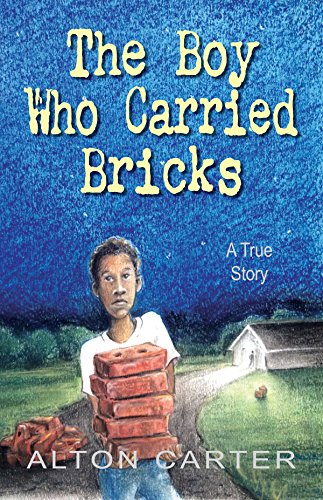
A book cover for The Boy Who Carried Bricks -- A True Story of Survival; Alton Carter; Teen & Young Adult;